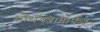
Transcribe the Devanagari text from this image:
शोधयंत्रांमार्फत